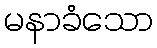
မနာခံသော